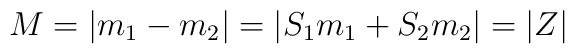
M=|m_{1}-m_{2}|=|S_{1}m_{1}+S_{2}m_{2}|=|Z|